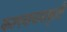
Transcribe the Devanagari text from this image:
कल्पनाचमत्कृती